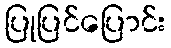
ပြုပြင်ပြောင်း